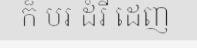
ក៏ បរ ដំរី ដេញ